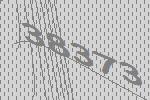
38373